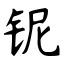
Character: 铌